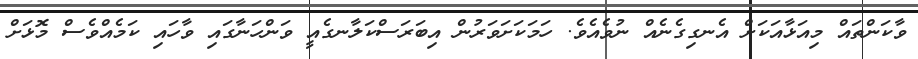
ވާކަންތައް މިއަޅާއަކަށް އެނގިގެނެއް ނުވެއެވެ. ހަމަކަށަވަރުން އިބަރަސްކަލާނގެއީ ވަންހަނާގައި ވާހައި ކަމެއްވެސް މޮޅަށް